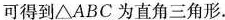
可得到\triangle ABC为直角三角形。